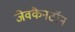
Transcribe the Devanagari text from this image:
जेवकैनटॉन